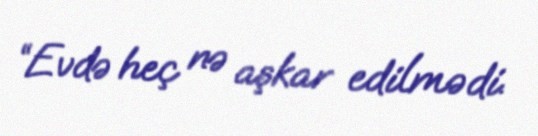
“Evdə heç nə aşkar edilmədi.